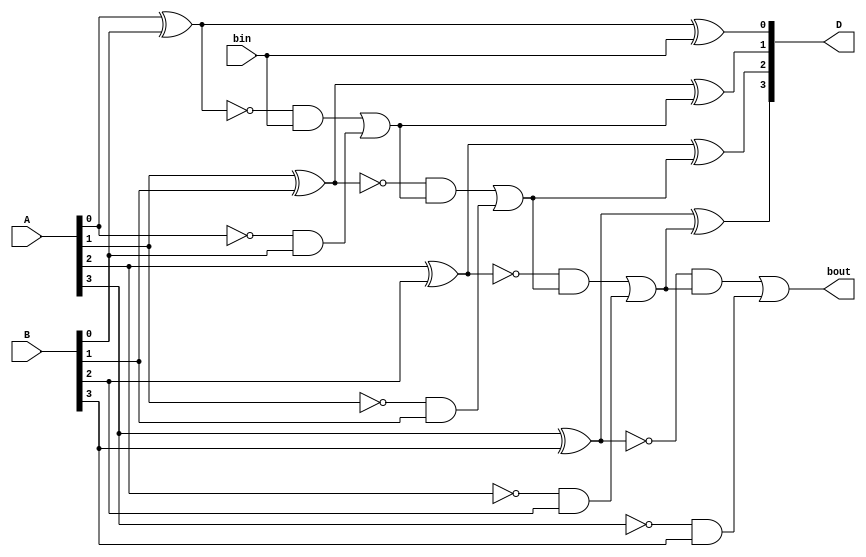
module Lab2_4_bit_BLS_behavioral(input [3:0] A,B, input bin, output [3:0] D, output bout);
    reg [3:0] D;
    reg bout;
    reg [3:0] P,G;
    reg [3:1] Br;

    always @(*) begin
        P[0] = A[0]^B[0];
        P[1] = A[1]^B[1];
        P[2] = A[2]^B[2];
        P[3] = A[3]^B[3];

        G[0] = (~A[0])&B[0];
        G[1] = (~A[1])&B[1];
        G[2] = (~A[2])&B[2];
        G[3] = (~A[3])&B[3];

        Br[1] = ((~P[0])&bin)|G[0];
        Br[2] = ((~P[1])&Br[1])|G[1];
        Br[3] = ((~P[2])&Br[2])|G[2];
        bout = ((~P[3])&Br[3])|G[3];

        D[0] = A[0]^B[0]^bin;
        D[1] = A[1]^B[1]^Br[1];
        D[2] = A[2]^B[2]^Br[2];
        D[3] = A[3]^B[3]^Br[3];
    
    end

endmodule